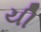
યી